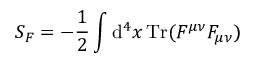
S _ { F } = - { \frac { 1 } { 2 } } \int \operatorname { d } \! ^ { 4 } x \operatorname { T r } ( F ^ { \mu \nu } F _ { \mu \nu } )